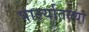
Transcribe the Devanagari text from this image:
पार्ल्यातल्या